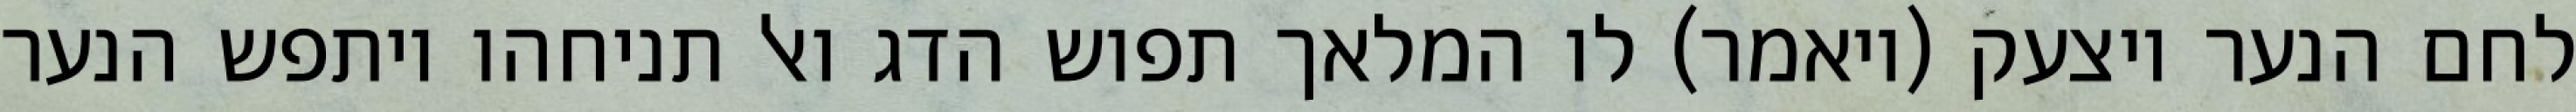
לחם הנער ויצעק (ויאמר) לו המלאך תפוש הדג ואל תניחהו ויתפש הנער